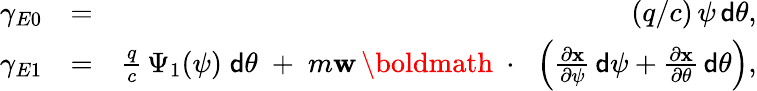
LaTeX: \begin{array}{rlr}{\gamma_{E0}}&{=}&{(q/c)\, \psi\, {\sf d}\theta,}\\ {\gamma_{E1}}&{=}&{\frac{q}{c}\, \Psi_{1}(\psi)\; {\sf d}\theta\; +\; m{\mathbf w}\, \mathrm{\boldmath~\cdot~}\, \left(\frac{\partial\mathbf x}{\partial\psi}\, {\sf d}\psi+\frac{\partial\mathbf x}{\partial\theta}\, {\sf d}\theta\right),}\end{array}